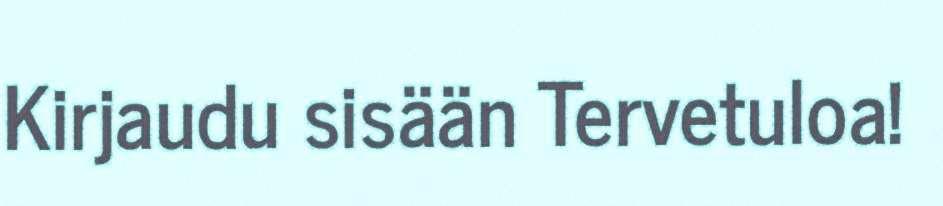
Kirjaudu sisään Tervetuloa!